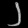
Digit: ၂